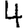
Digit: 4